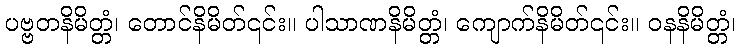
ပဗ္ဗတနိမိတ္တံ၊ တောင်နိမိတ်၎င်း။ ပါသာဏနိမိတ္တံ၊ ကျောက်နိမိတ်၎င်း။ ဝနနိမိတ္တံ၊